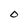
Character: O